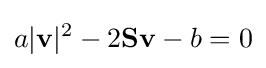
a|\mathbf {v} |^{2}-2\mathbf {Sv} -b=0